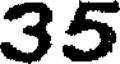
35